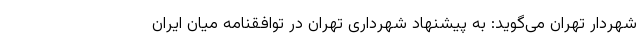
شهردار تهران می‌گوید: به پیشنهاد شهرداری تهران در توافقنامه میان ایران